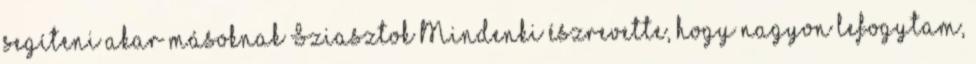
segíteni akar másoknak Sziasztok Mindenki észrevette, hogy nagyon lefogytam,